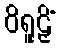
ဝိရူဠှိံ